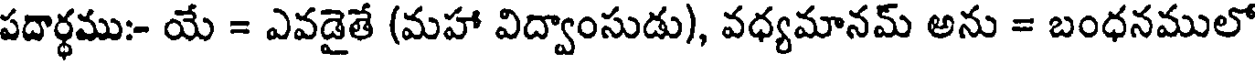
పదార్థము:- యే = ఎవడైతే (మహా విద్వాంసుడు), వధ్యమానమ్ అను = బంధనములో